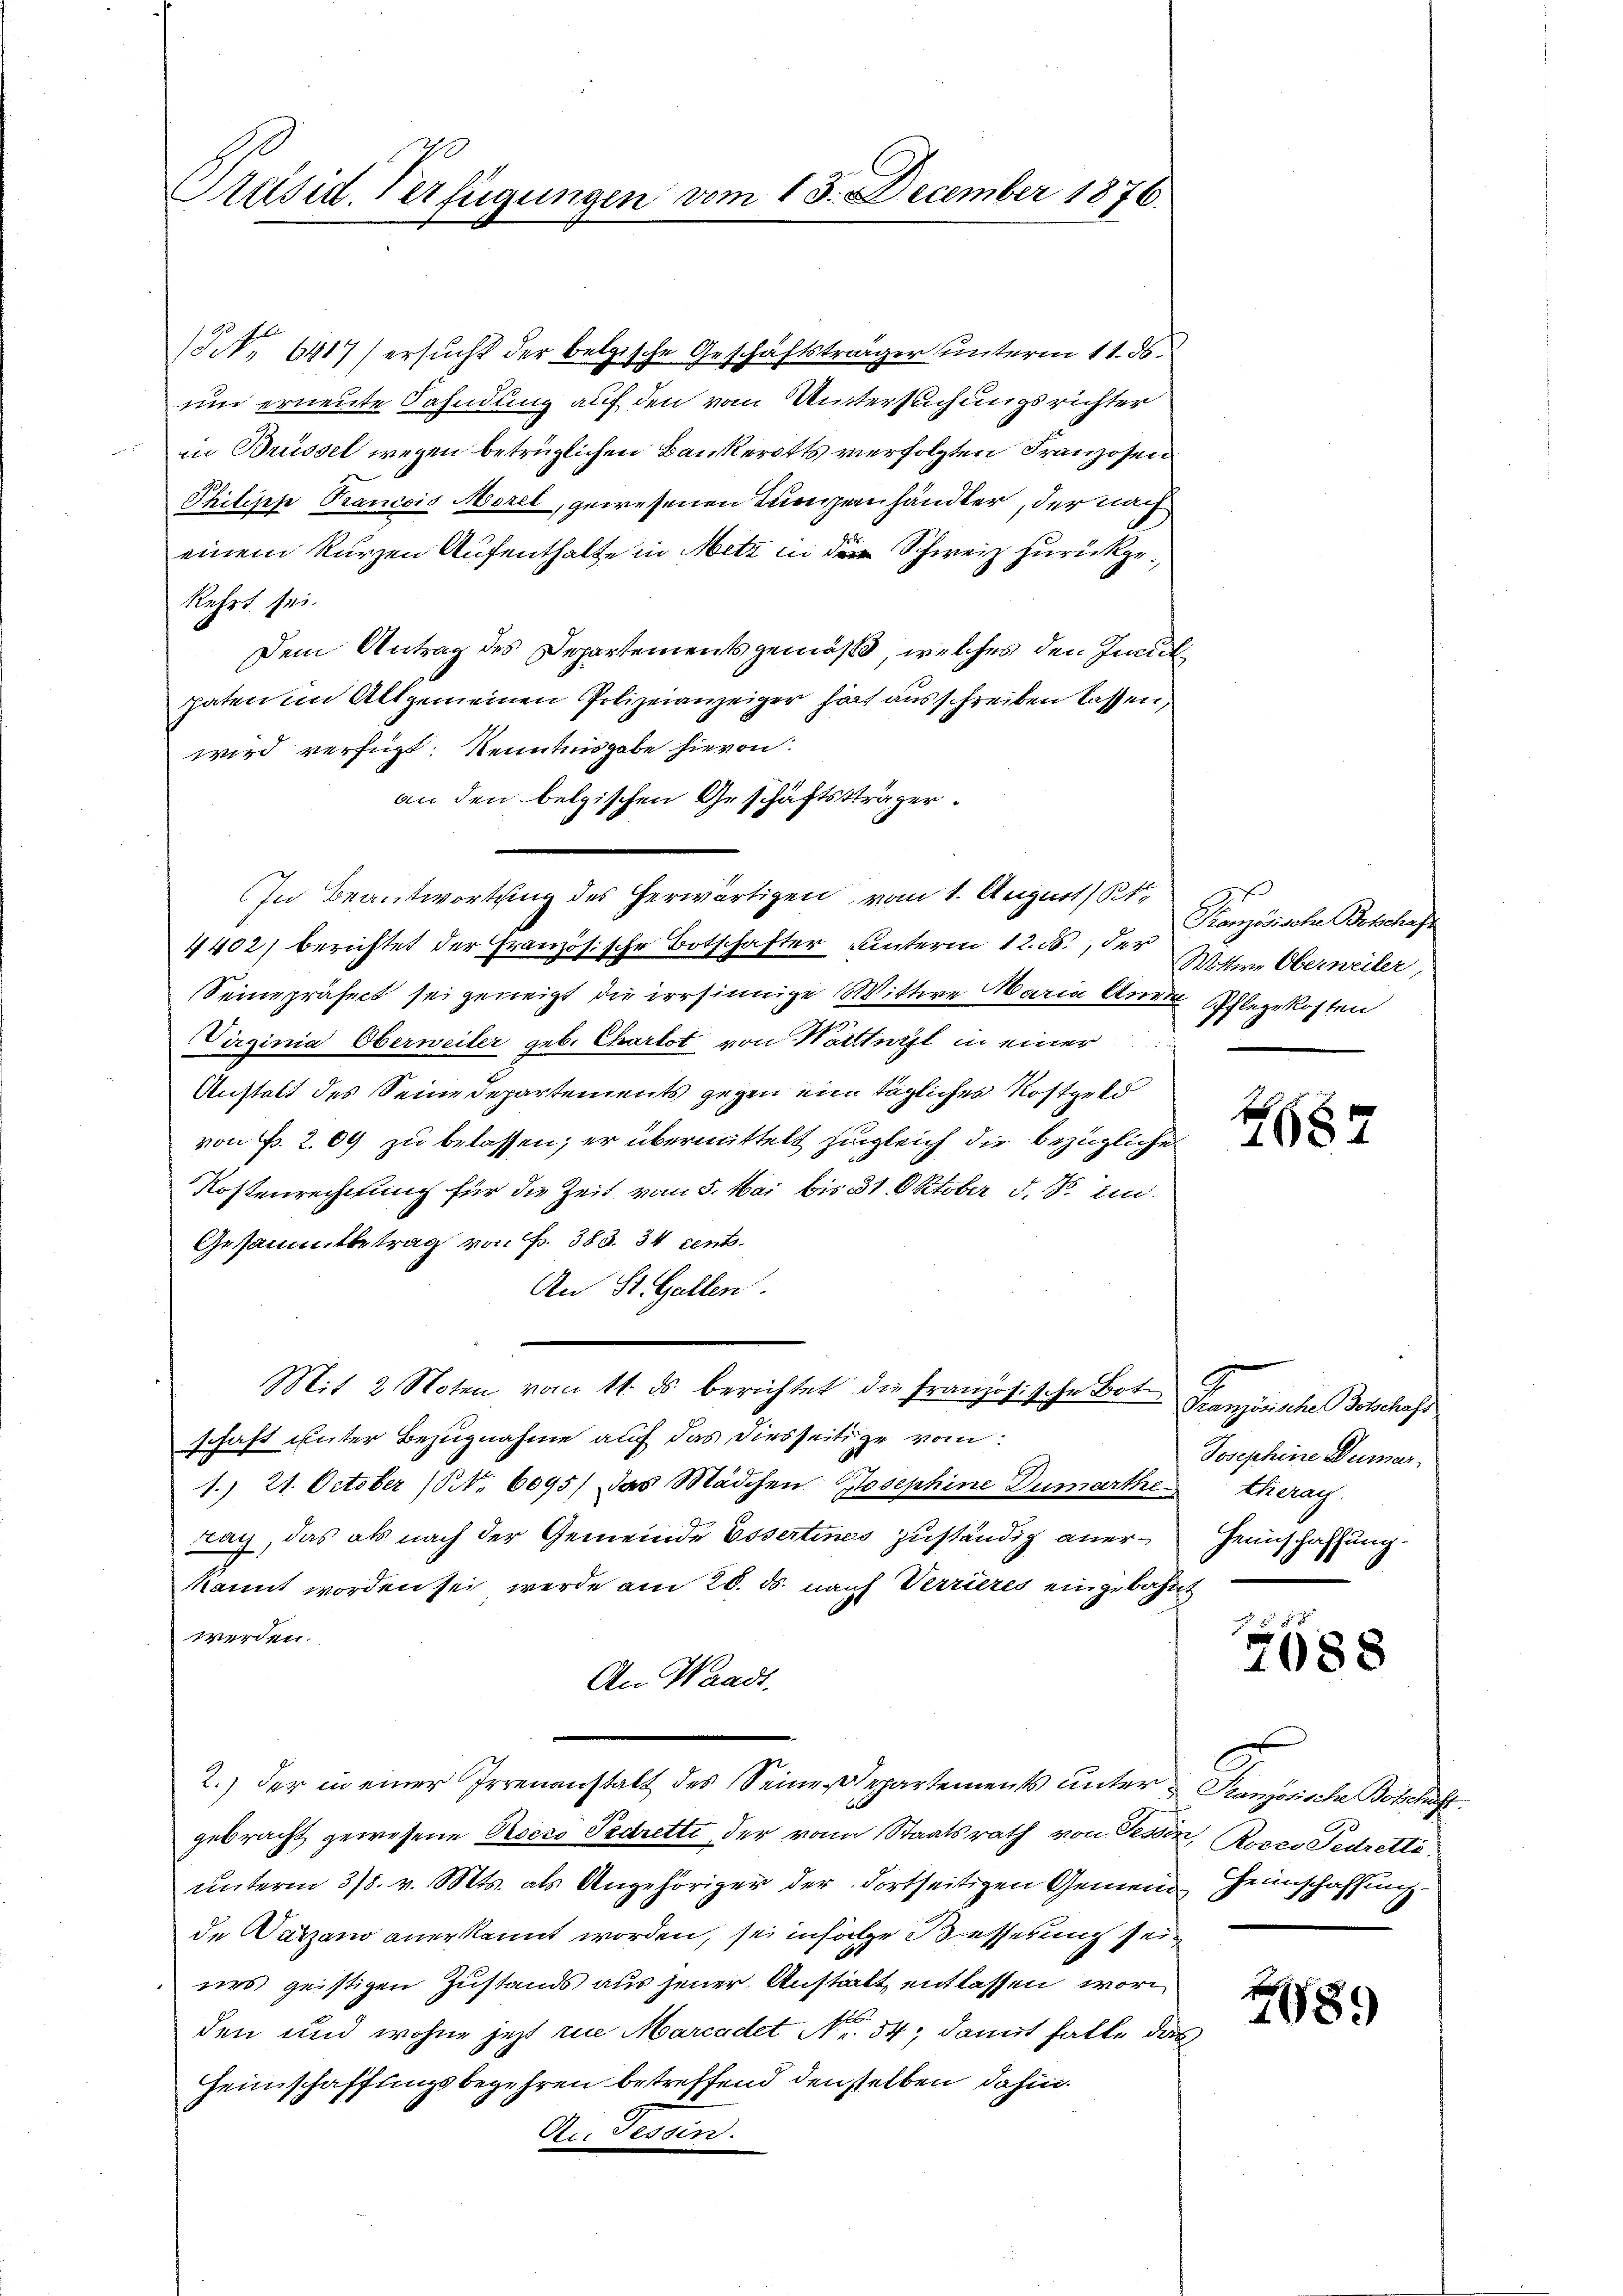
Präsid. Verfügungen

N. 6417) ersucht der belgische Geschäftsträger unterm 11. ds.
und erneute Sahndung auf den vom Untersuchungsrichter
in Brüssel wegen betrüglichen Bankerotts verfolgten Franzosen
Philipp Trancois Morel, gewesenen Lungenhändler, der nach
einem kurzen Aufenthalte in Metz in der Schweiz zurückgekehrt sei.
Dem Antrag des Departements gemäß, welches den mitpaten im Altgemeinen Polizeianzeiger hat ausschreiben lassen,
wird verfügt: Kenntnisgabe hievon:
an den belgischen Geschäftsträger.
In Beantwortung des herwärtigen vom 1. August ( Kt.
4402) berichtet der Französische Botschafter unterm 12. d. der
Seine präfect sei geneigt die irrsinnige Mittwe Maria Aurde Pflegekosten
irzinia Oberweiler geb. Charlot von Wattwyl in einer
Anstalt des Seine Departements gegen ein tägliches Rostgeld
von Fr. 209 zu belassen; er übermittelt zugleich die bezügliche
Kostenrechtung für die Zeit vom 5. Mai bis 31 Oktober d. S. in
Gessammtbetrag von Fr. 383. 34 cent.
An St. Gallen.
Mit 2 Noten vom 11. ds berichtet die französische Boten
schaft unter Bezugnahme auf das diesseitige vom
1. 21. October (NNo. 6095) das Mädchen Josephine Dumarthe theray.
tag, das als nach der Gemeinde Essertines zuständig anerkannt worden sei werde am 20. ds. nach Verrieres eingebührt
werden.
An Waadt,
2.) der in einer Irrenanstalt des Seine Departements ŭnter Französische Botschaft
gebracht gewesene Pocco Pedretti, der von Staatsrath von Tessin, Rosco Fedrette
unterm 318. v. Mts. als Angehöriger der dortseitigen Gemein Heimschaffung
de Darzano anerkannt worden, sei infolge Besserung seines geistigen Zustands aus jener Anstalt entlassen, wor
s
den und wohne jetzt in Marcadet Nr. 54; damit hatte das
Heimschaffungsbegehren betreffend denselben dahin.
Ac. Tessin.

n 13. December 1876.

Französische Beschaft
Wittwe Oberweiler,

2

Französische Botschaft
Josephine Dumar
Heimschaffung.

7688

789